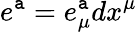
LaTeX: e^{\mathtt{a}}=e_{\mu}^{\mathtt{a}}dx^{\mu}